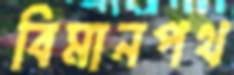
বিমানপথ